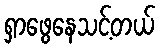
ရှာဖွေနေသင့်တယ်